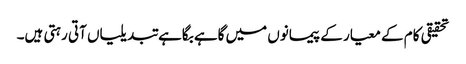
تحقیقی کام کے معیار کے پیمانوں میں گاہے بگاہے تبدیلیاں آتی رہتی ہیں۔